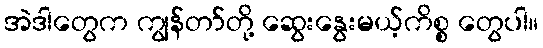
အဲဒါတွေက ကျွန်တာ်တို့ ဆွေးနွေးမယ့်ကိစ္စ တွေပါ။